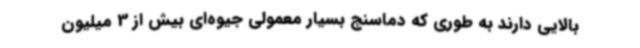
بالایی دارند به‌ طوری که دماسنج بسیار معمولی جیوه‌ای بیش از 3 میلیون